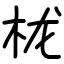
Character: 栊